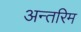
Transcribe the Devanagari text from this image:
अन्‍तरिम